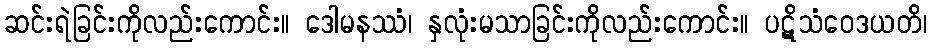
ဆင်းရဲခြင်းကိုလည်းကောင်း။ ဒေါမနဿံ၊ နှလုံးမသာခြင်းကိုလည်းကောင်း။ ပဋိသံဝေဒယတိ၊